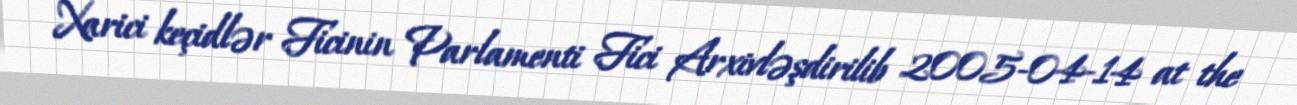
Xarici keçidlər Ficinin Parlamenti Fici Arxivləşdirilib 2005-04-14 at the